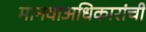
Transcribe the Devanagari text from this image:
मानवाअधिकारांची